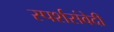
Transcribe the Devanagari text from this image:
स्पर्शसंवेदी